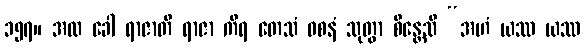
၁၅၇။ အထ ခေါ ရာဇာတိ ရာဇာ ကိရ တေသံ ဝစနံ သုတွာ စိန္တေသိ “အဟံ ယဿ ယဿ